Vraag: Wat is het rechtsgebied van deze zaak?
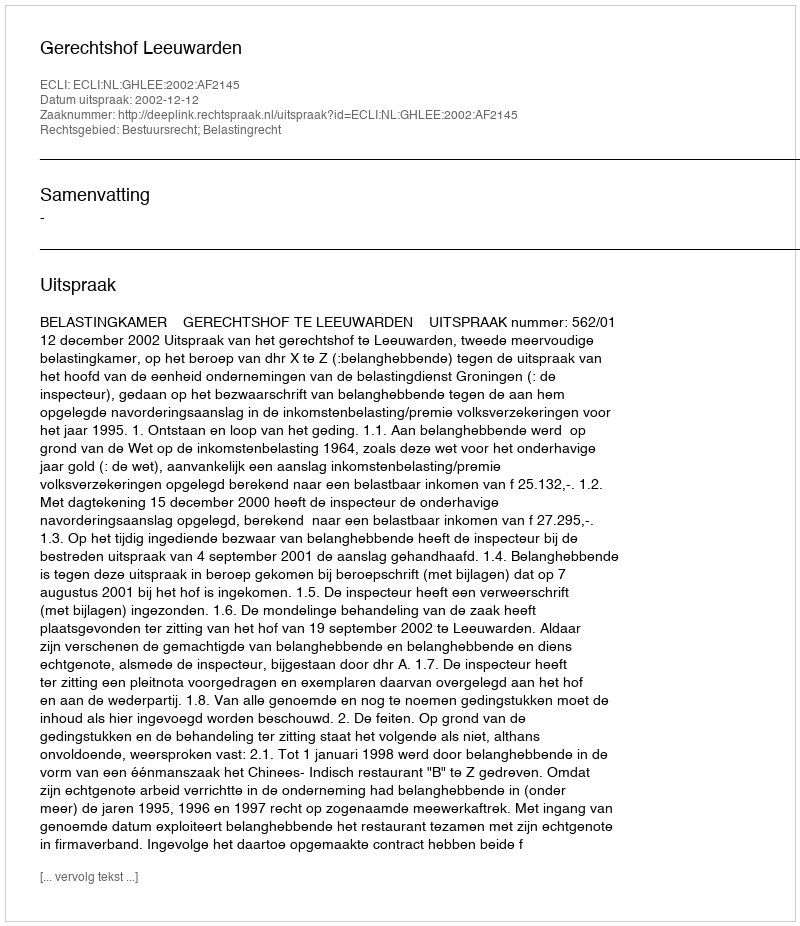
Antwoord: Bestuursrecht; Belastingrecht